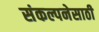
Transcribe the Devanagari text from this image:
संकल्पनेसाठी